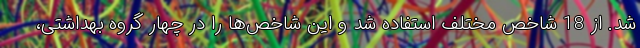
شد. از 18 شاخص مختلف استفاده شد و این شاخص‌ها را در چهار گروه بهداشتی،